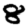
Digit: 8